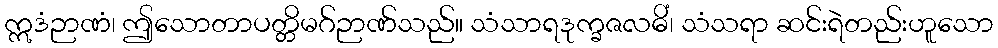
ဣဒံဉာဏံ၊ ဤသောတာပတ္တိမဂ်ဉာဏ်သည်။ သံသာရဒုက္ခဇလဓိံ၊ သံသရာ ဆင်းရဲတည်းဟူသော